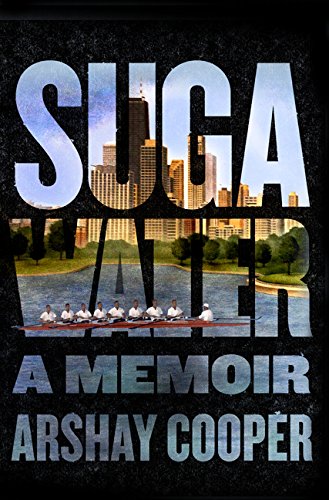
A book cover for Suga Water: A Memoir; Arshay Cooper; Parenting & Relationships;